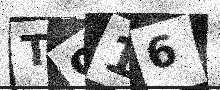
Text: T916